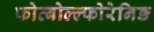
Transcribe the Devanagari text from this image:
फोत्बोल्ल्फोरेनिङ